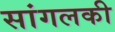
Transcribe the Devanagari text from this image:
सांगलकी